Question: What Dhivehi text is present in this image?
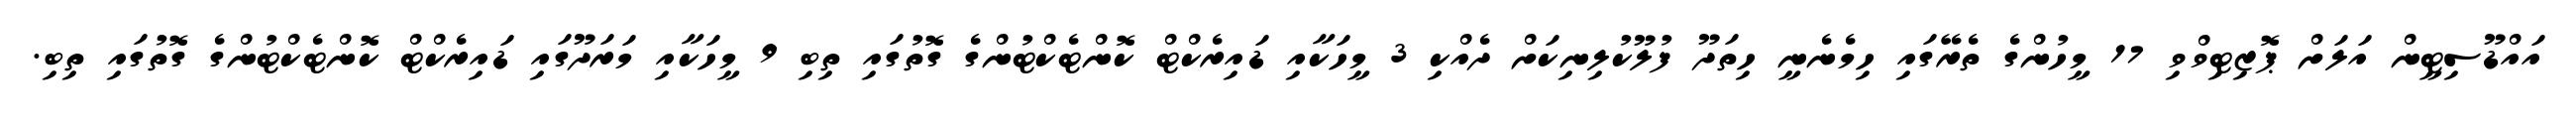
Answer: އައްޑޫސިޓީން އަލަށް ޕޮޒިޓިވްވި 17 މީހުންގެ ތެރޭގައި ހިމެނެނީ ހިތަދޫ ފުލޫކުލިނިކަށް ދެއްކި 3 މީހަކާއި ޑައިރެކްޓް ކޮންޓެކްޓުންގެ ގޮތުގައި ތިބި 9 މީހަކާއި މަރަދޫގައި ޑައިރެކްޓް ކޮންޓެކްޓުންގެ ގޮތުގައި ތިބި.